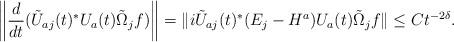
LaTeX: \begin{align*}\begin{aligned}\left\Vert\frac{d}{dt}(\tilde U_{aj}(t)^*U_a(t)\tilde \Omega_jf)\right\Vert=\Vert i\tilde U_{aj}(t)^*(E_j-H^a)U_a(t)\tilde \Omega_j f\Vert\le Ct^{-2\delta}.\end{aligned}\end{align*}